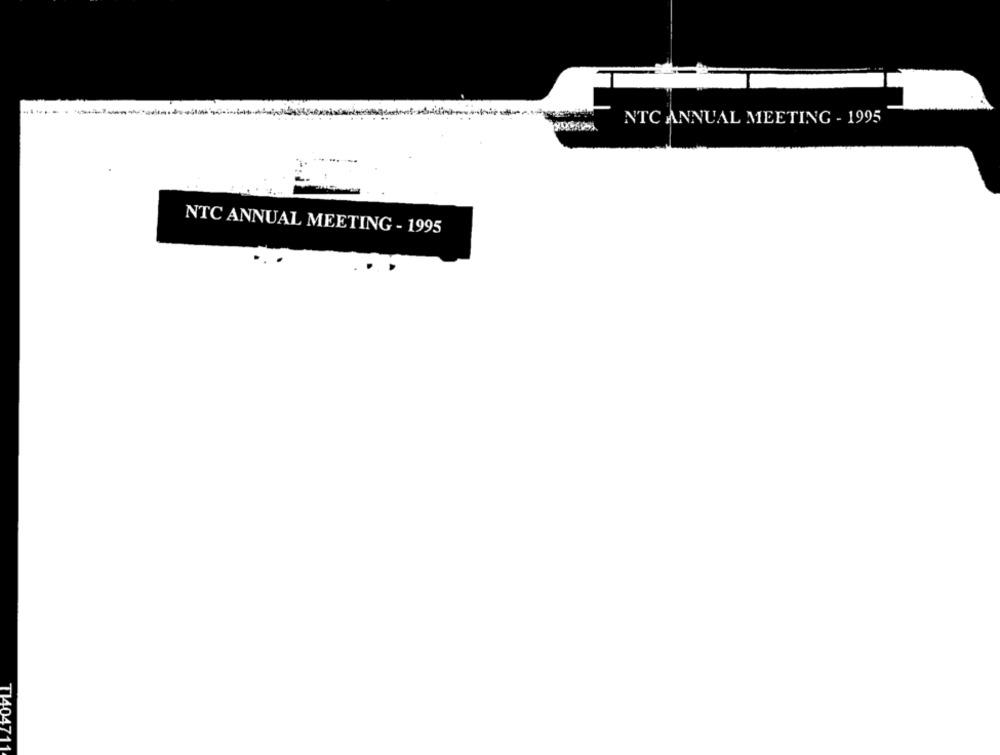
NTC ANNUAL MEETING - 1995
NTC ANNUAL MEETING - 1995
T1404